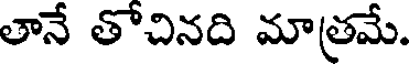
తానే తోచినది మాత్రమే.